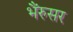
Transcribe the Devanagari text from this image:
भैंरुसर